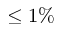
\leq 1 \%